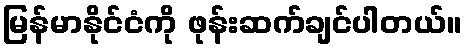
မြန်မာနိုင်ငံကို ဖုန်းဆက်ချင်ပါတယ်။